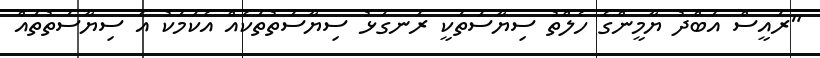
"ރައީސް އަބްދު ޔާމީންގެ ހެލްތު ސިޔާސަތަކީ ރަނގަޅު ސިޔާސަތުތަކެއް އެކަމަކު އެ ސިޔާސަތުތައް